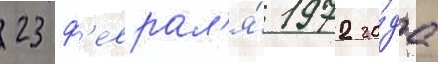
23 ф'еврал'я́ 1972 го́да